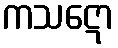
ကသဋော